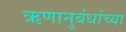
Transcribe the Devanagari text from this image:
ऋणानुबंधांच्या